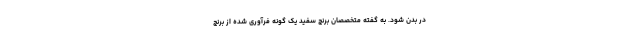
در بدن شود. به گفته متخصصان برنج سفید یک گونه فرآوری شده از برنج